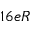
1 6 e R